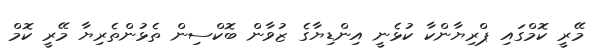
މޭރީ ކޮމްގައި ޕްރިޔާންކާ ކުޅެނީ އިންޑިޔާގެ ޒުވާން ބޮކްސިން ތެޅުންތެރިޔާ މޭރީ ކޮމް